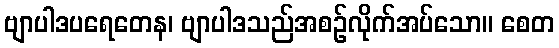
ဗျာပါဒပရေတေန၊ ဗျာပါဒသည်အစဉ်လိုက်အပ်သော။ စေတ